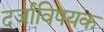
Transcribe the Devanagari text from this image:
दर्जाविषयक